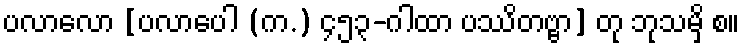
ပလာလော [ပလာပေါ (က.) ၄၅၃-ဂါထာ ပဿိတဗ္ဗာ] တု ဘုသမှိ စ။